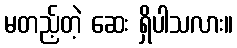
မတည့်တဲ့ ဆေး ရှိပါသလား။